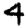
Digit: 4